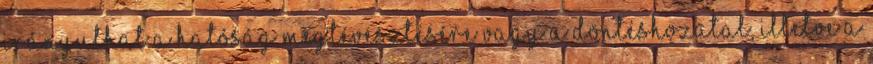
irányulhat a hatóság megtévesztésére vagy a döntéshozatal, illetve a